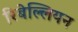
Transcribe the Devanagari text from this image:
रिबेल्लियन